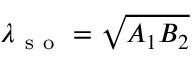
\lambda _ { \mathrm { ~ s ~ o ~ } } = \sqrt { A _ { 1 } B _ { 2 } }